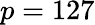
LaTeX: p=127